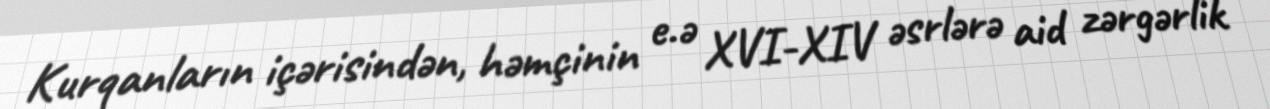
Kurqanların içərisindən, həmçinin e.ə XVI-XIV əsrlərə aid zərgərlik